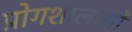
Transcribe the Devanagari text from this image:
प्रोगशालाओं